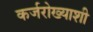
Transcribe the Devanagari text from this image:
कर्जरोख्याशी